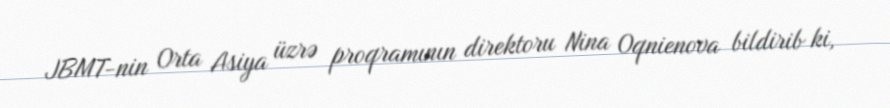
JBMT-nin Orta Asiya üzrə proqramının direktoru Nina Oqnienova bildirib ki,